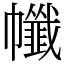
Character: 㡨